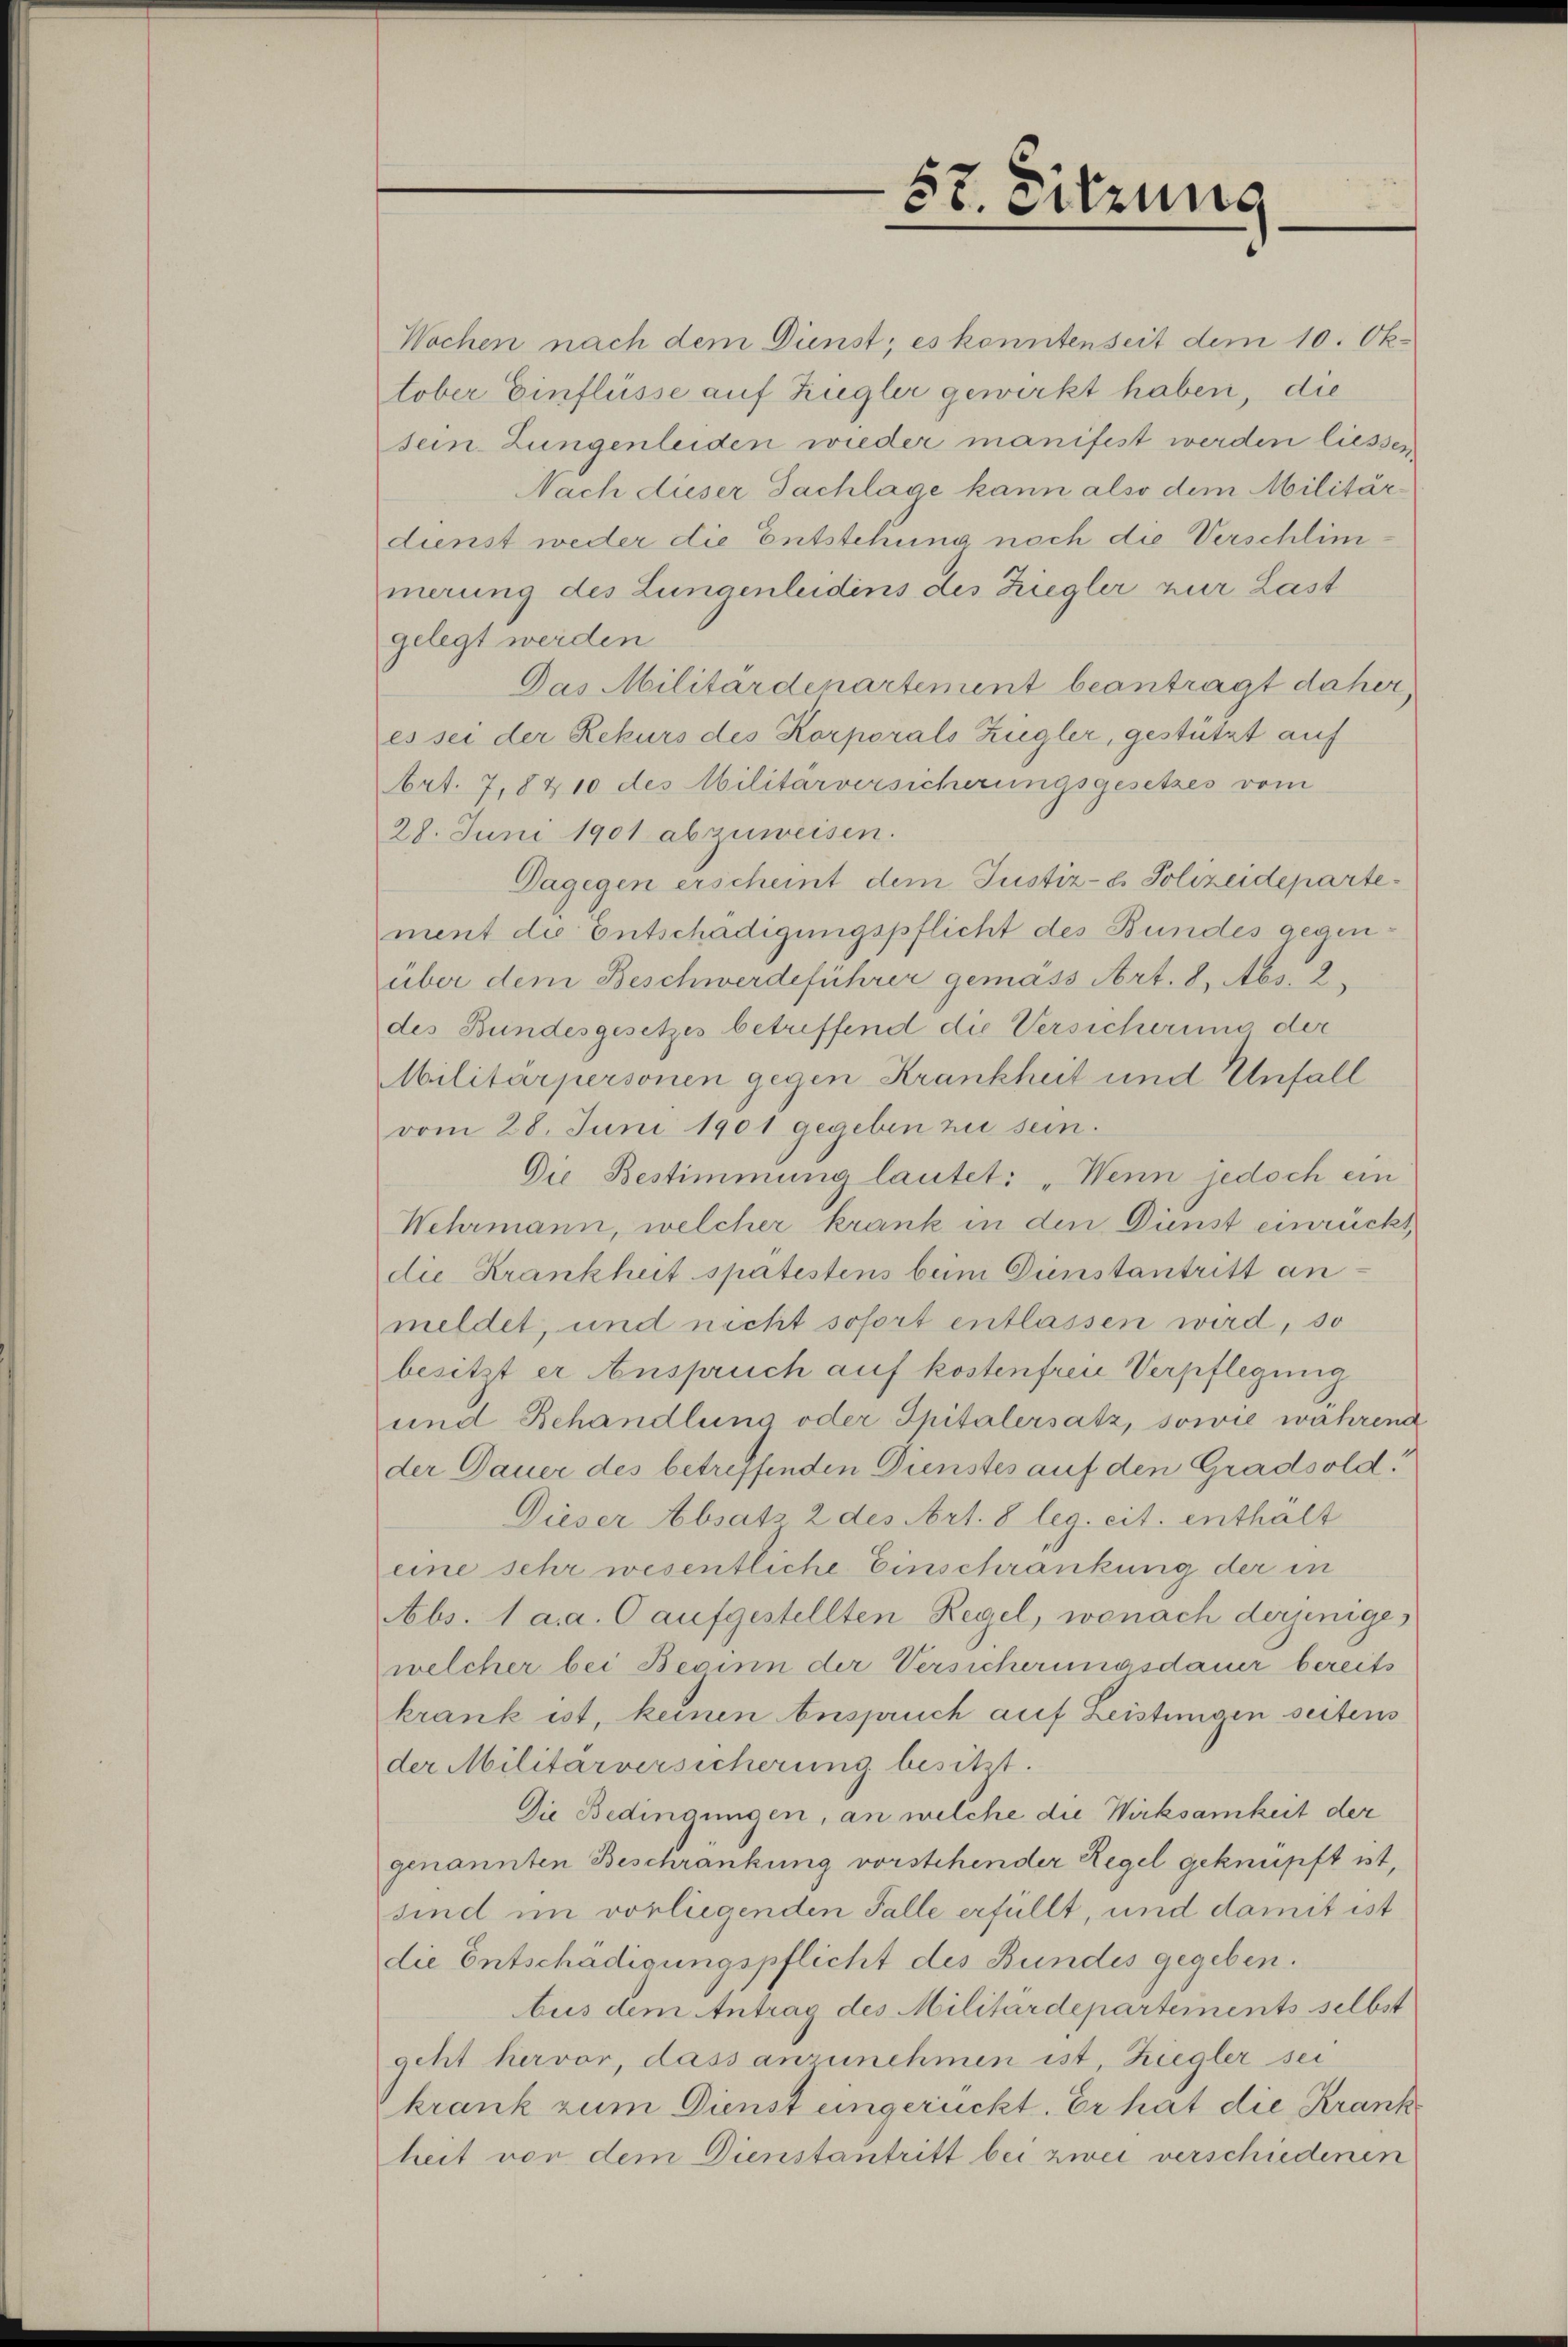
57. Sitzung

Wochen nach dem Dünst; es kanntenseit dem 10. Oktober Einflüsse auf Zugler gewirkt haben, die
sein Lungenleiden wieder manifest werden liessen
Nach dieser Sachlage kann also dem Militärdienst weder die Entstehung noch die Verschlimnerung des Lungenleidens des Ziegler zur Last
gelegt werden
Das Militärdepartement beantragt daher,
es sei der Rekurs des Korporals Ziegler, gestützt auf
Art. 7,8 & 10 des Militärversicherungsgesetzes vom
28. Juni 1901 abzuweisen.
Dagegen erscheint dem Justiz- & Polizeidepartement die Entschädigungspflicht des Bundes gegenüber dem Beschwerdeführer gemäss Art. 8, Abs. 2.
des Bundesgesetzes betreffend die Versicherung der
Militärpersonen gegen Krankheit und Unfall
vom 28. Juni 1901 gegeben zu sein.
Die Bestimmung lautet: „Wenn jedoch ein
Wehrmann, welcher krank in den Dienst einrückt,
die Krankheit spätestens beim Dienstantritt anmeldet, und nicht sofort entlassen wird, so
besitzt er Anspruch auf kostenfrei Verpflegung
und Behandlung oder Spitalersatz, sowie wahrend
der Dauer des betreffenden Dienstes auf den Gradsold
Dieser Absatz 2 des Art. 8 leg. cit. enthält
eine sehr wesentliche Einschränkung der in
Abs. 1 a. a. O aufgestellten Regel, wonach derjenigewelcher bei Besinn der Versicherungsdauer bereits
krank ist, keinen Anspruch auf Leistungen seitens
der Militärversicherung besitzt.
Die Bedingungen, an welche die Wirksamkeit der
genannten Beschränkung vorstehender Regel geknüpft ist,
sind im vorliegenden Falle erfüllt, und damit ist
die Entschädigungspflicht des Bundes gegeben.
bus dem Antrag des Militärdepartements selbst
geht hervor, dass anzunehmen ist, Ziegler sei
krank zum Dienst eingerückt. Er hat die Krankheit von dem Dienstantritt bei zwei verschiedenen